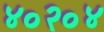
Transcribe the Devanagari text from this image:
४०२०४